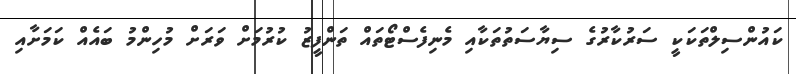
ކައުންސިލްތަކަކީ ސަރުކާރުގެ ސިޔާސަތުތަކާއި މެނިފެސްޓޯތައް ތަންފީޒު ކުރުމަށް ވަރަށް މުހިންމު ބައެއް ކަމަށާއި